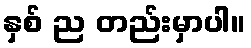
နှစ် ည တည်းမှာပါ။